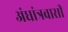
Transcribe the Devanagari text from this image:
अंधांत्रवासी